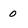
Character: 0